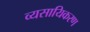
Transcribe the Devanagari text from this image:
व्यसायिकरण